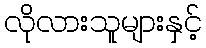
လိုလားသူများနှင့်